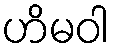
ဟိမဝါ